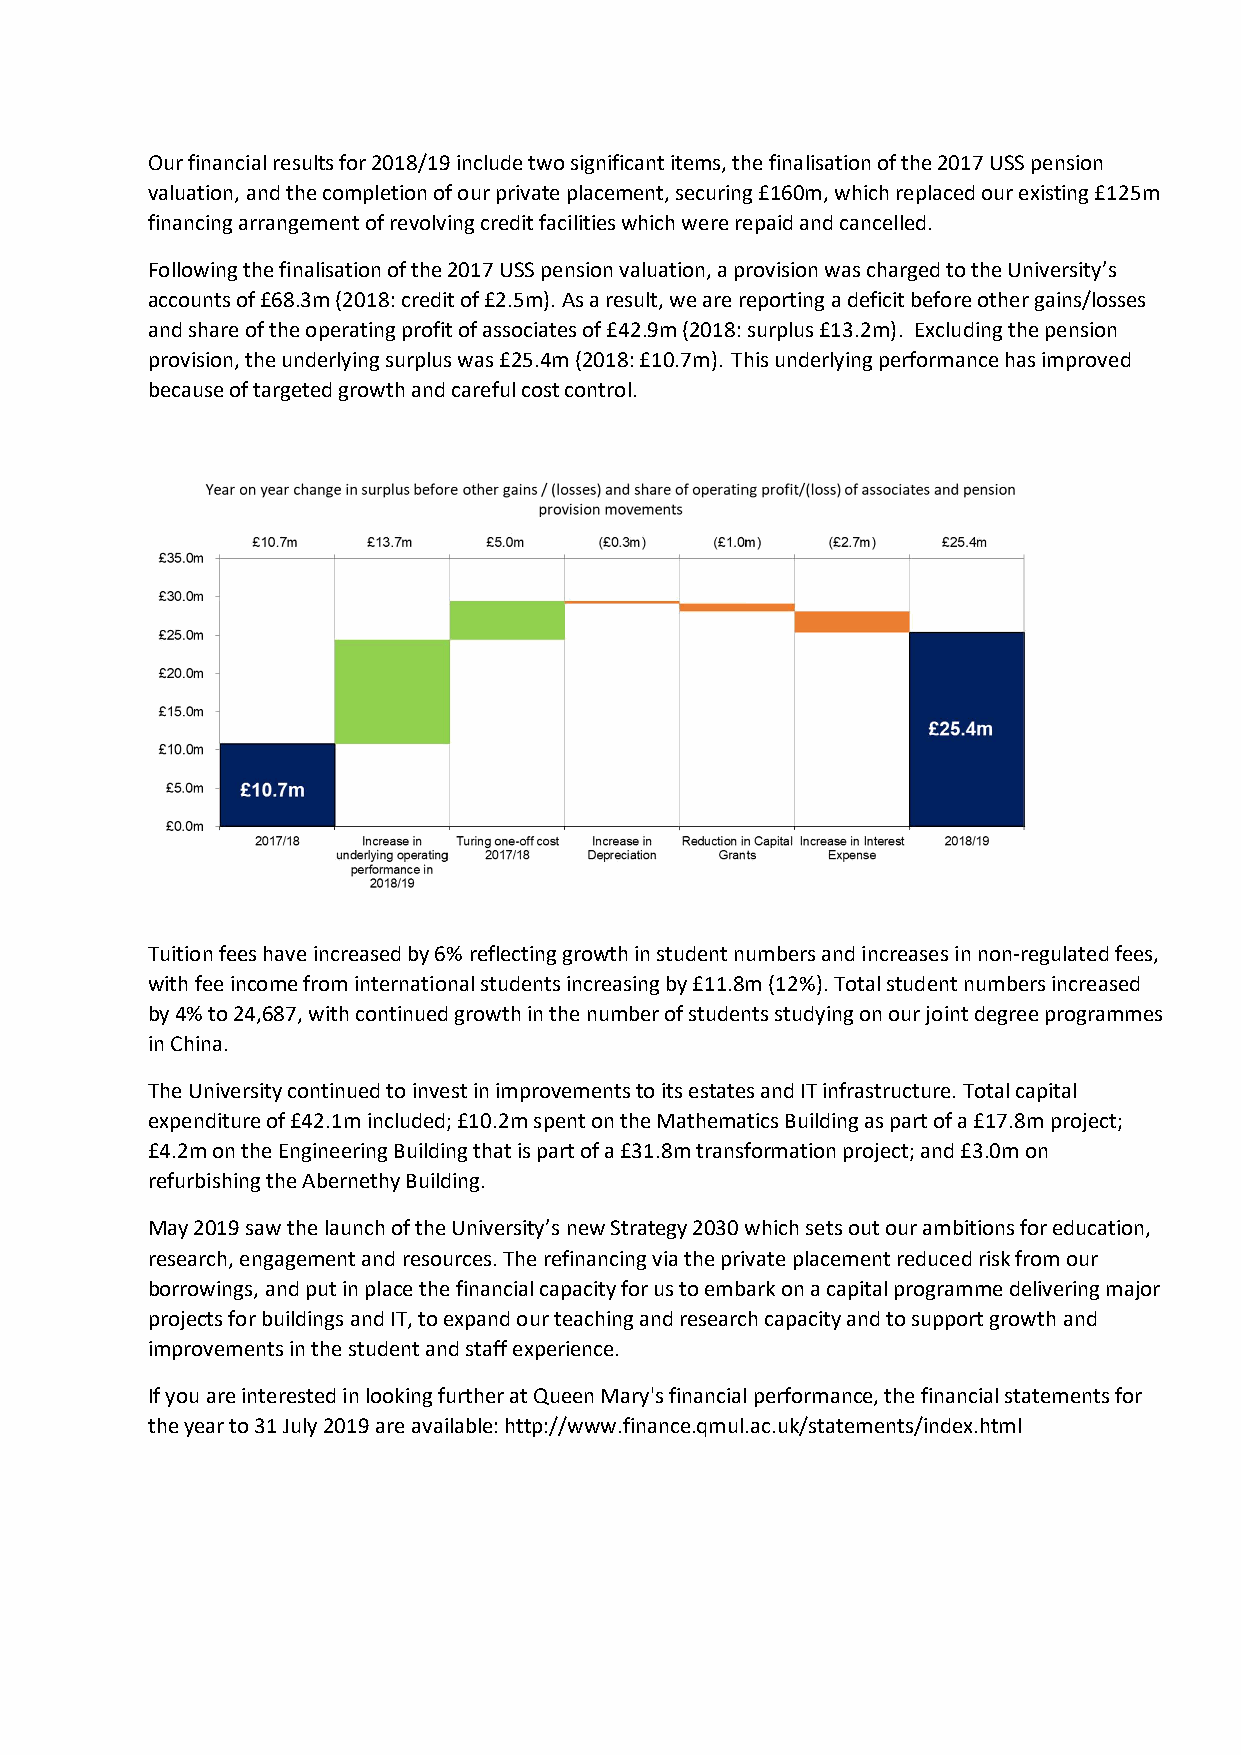
Our financial results for 2018/19 include two significant items, the finalisation of the 2017 USS pension
 valuation, and the completion of our private placement, securing £160m, which replaced our existing £125m
 financing arrangement of revolving credit facilities which were repaid and cancelled.
 Following the finalisation of the 2017 USS pension valuation, a provision was charged to the University’s
 accounts of £68.3m (2018: credit of £2.5m). As a result, we are reporting a deficit before other gains/losses
 and share of the operating profit of associates of £42.9m (2018: surplus £13.2m). Excluding the pension
 provision, the underlying surplus was £25.4m (2018: £10.7m). This underlying performance has improved
 because of targeted growth and careful cost control.
 Tuition fees have increased by 6% reflecting growth in student numbers and increases in non-regulated fees,
 with fee income from international students increasing by £11.8m (12%). Total student numbers increased
 by 4% to 24,687, with continued growth in the number of students studying on our joint degree programmes
 in China.
 The University continued to invest in improvements to its estates and IT infrastructure. Total capital
 expenditure of £42.1m included; £10.2m spent on the Mathematics Building as part of a £17.8m project;
 £4.2m on the Engineering Building that is part of a £31.8m transformation project; and £3.0m on
 refurbishing the Abernethy Building.
 May 2019 saw the launch of the University’s new Strategy 2030 which sets out our ambitions for education,
 research, engagement and resources. The refinancing via the private placement reduced risk from our
 borrowings, and put in place the financial capacity for us to embark on a capital programme delivering major
 projects for buildings and IT, to expand our teaching and research capacity and to support growth and
 improvements in the student and staff experience.
 If you are interested in looking further at Queen Mary's financial performance, the financial statements for
 the year to 31 July 2019 are available: http://www.finance.qmul.ac.uk/statements/index.html